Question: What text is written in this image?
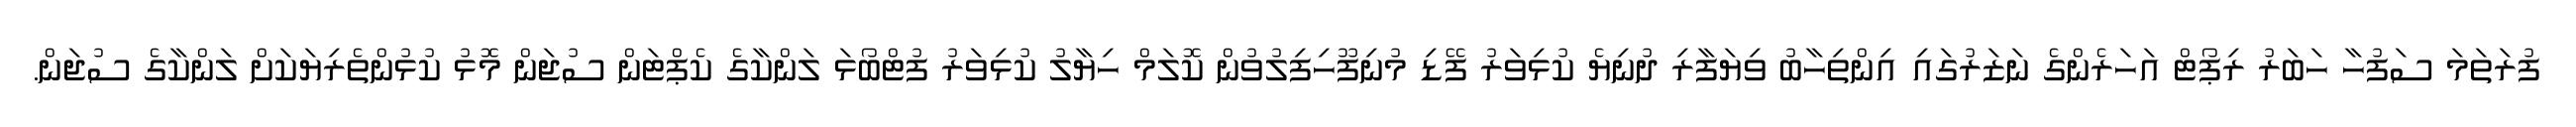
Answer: ފުރަތަމަ ސަފުހާ ހަބަރު ރިޕޯޓް އަހަރެންގެ ނަޒަރުގައި އިންތިހާބު ވިޔަފާރި ދުނިޔެ ކުޅިވަރު ފޭޑި މުނިފޫހިފިލުވުން ކޮލަމް ހިޔާލު ކުޅިވަރު ފުޓްބޯޅަ ލަންކާގެ ކެޕްޓަން ސުޖަން މޮޅު ކުޅުންތެރިޔަކަށް ލަންކާގެ ސުޖަން.